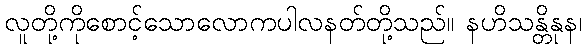
လူတို့ကိုစောင့်သောလောကပါလနတ်တို့သည်။ နဟိသန္တိနုန၊